Indian journal of veterinary science and animal husbandry - Volume 9,
Year: 1939
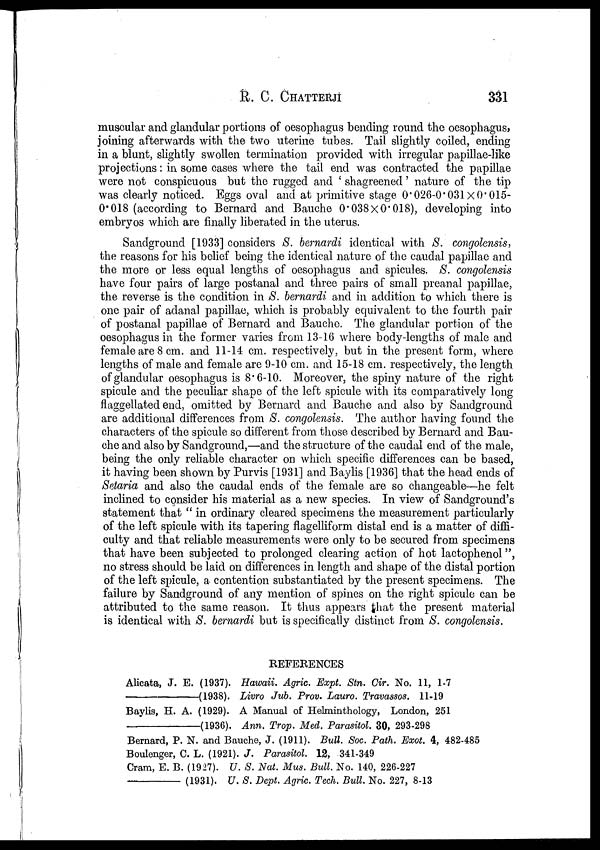
R. C.
CHATTERJI
331
muscular and glandular portions of oesophagus bending round the oesophagus,
joining afterwards with the two uterine tubes. Tail slightly coiled, ending
in a blunt, slightly swollen termination provided with irregular papillae-like
projections: in some cases where the tail end was contracted the papillae
were not conspicuous but the rugged and ' shagreened' nature of the tip
was clearly noticed. Eggs oval and at primitive stage 0.026-0.031 × 0.015-
0.018 (according to Bernard and Bauche 0.038 × 0.018), developing into
embryos which are finally liberated in the uterus.
Sandground [1933] considers S. bernardi identical with S. congolensis,
the reasons for his belief being the identical nature of the caudal papillae and
the more or less equal lengths of oesophagus and spicules. S. congolensis
have four pairs of large postanal and three pairs of small preanal papillae,
the reverse is the condition in S. bernardi and in addition to which there is
one pair of adanal papillae, which is probably equivalent to the fourth pair
of postanal papillae of Bernard and Bauche. The glandular portion of the
oesophagus in the former varies from 13-16 where body-lengths of male and
female are 8 cm. and 11-14 cm. respectively, but in the present form, where
lengths of male and female are 9-10 cm. and 15-18 cm. respectively, the length
of glandular oesophagus is 8.6-10. Moreover, the spiny nature of the right
spicule and the peculiar shape of the left spicule with its comparatively long
flaggellated end, omitted by Bernard and Bauche and also by Sandground
are additional differences from S. congolensis. The author having found the
characters of the spicule so different from those described by Bernard and Bau-
che and also by Sandground,—and the structure of the caudal end of the male,
being the only reliable character on which specific differences can be based,
it having been shown by Purvis [1931] and Baylis [1936] that the head ends of
Setaria and also the caudal ends of the female are so changeable—he felt
inclined to consider his material as a new species. In view of Sandground's
statement that " in ordinary cleared specimens the measurement particularly
of the left spicule with its tapering flagelliform distal end is a matter of diffi-
culty and that reliable measurements were only to be secured from specimens
that have been subjected to prolonged clearing action of hot lactophenol",
no stress should be laid on differences in length and shape of the distal portion
of the left spicule, a contention substantiated by the present specimens. The
failure by Sandground of any mention of spines on the right spicule can be
attributed to the same reason. It thus appears that the present material
is identical with S. bernardi but is specifically distinct from S. congolensis.
REFERENCES
Alicata, J. E. (1937). Hawaii. Agric. Expt. Stn. Cir. No. 11, 1-7
—(1938).
Livro Jub. Prov. Lauro. Travassos. 11-19
Baylis, H. A. (1929). A Manual of Helminthology, London, 251
—(1936).
Ann. Trop. Med. Parasitol. 30, 293-298
Bernard, P. N. and Bauche, J. (1911). Bull. Soc. Path. Exot. 4, 482-485
Boulenger, C. L. (1921). J. Parasitol. 12, 341-349
Cram, E. B. (1927). U. S. Nat. Mus. Bull. No. 140, 226-227
—
(1931). U. S. Dept. Agric. Tech. Bull. No. 227, 8-13